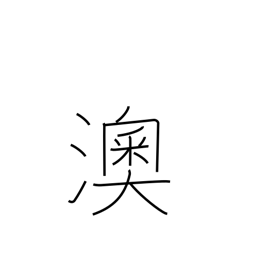
Meaning: curving shoreline